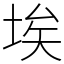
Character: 埃